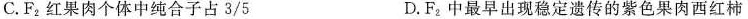
C.F_{2}红果肉个体中纯合子占\frac{3}{5}